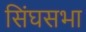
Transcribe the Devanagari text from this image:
सिंघसभा